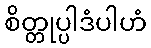
စိတ္တုပ္ပါဒံပါဟံ